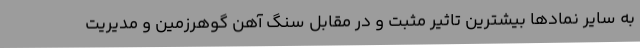
به سایر نمادها بیشترین تاثیر مثبت و در مقابل سنگ آهن گوهرزمین و مدیریت